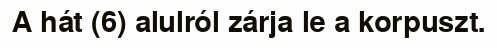
A hát (6) alulról zárja le a korpuszt.